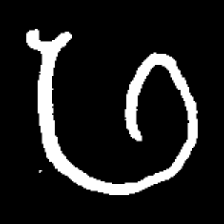
Pyu character \u2014 Myanmar letter: ဖ (romanized: pha)